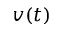
v ( t )